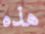
هذه